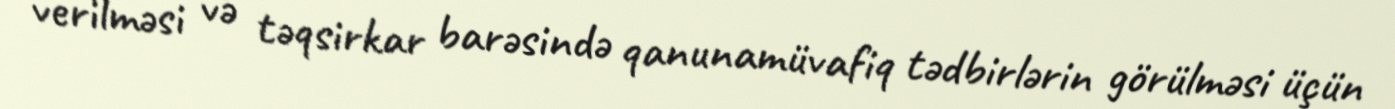
verilməsi və təqsirkar barəsində qanunamüvafiq tədbirlərin görülməsi üçün